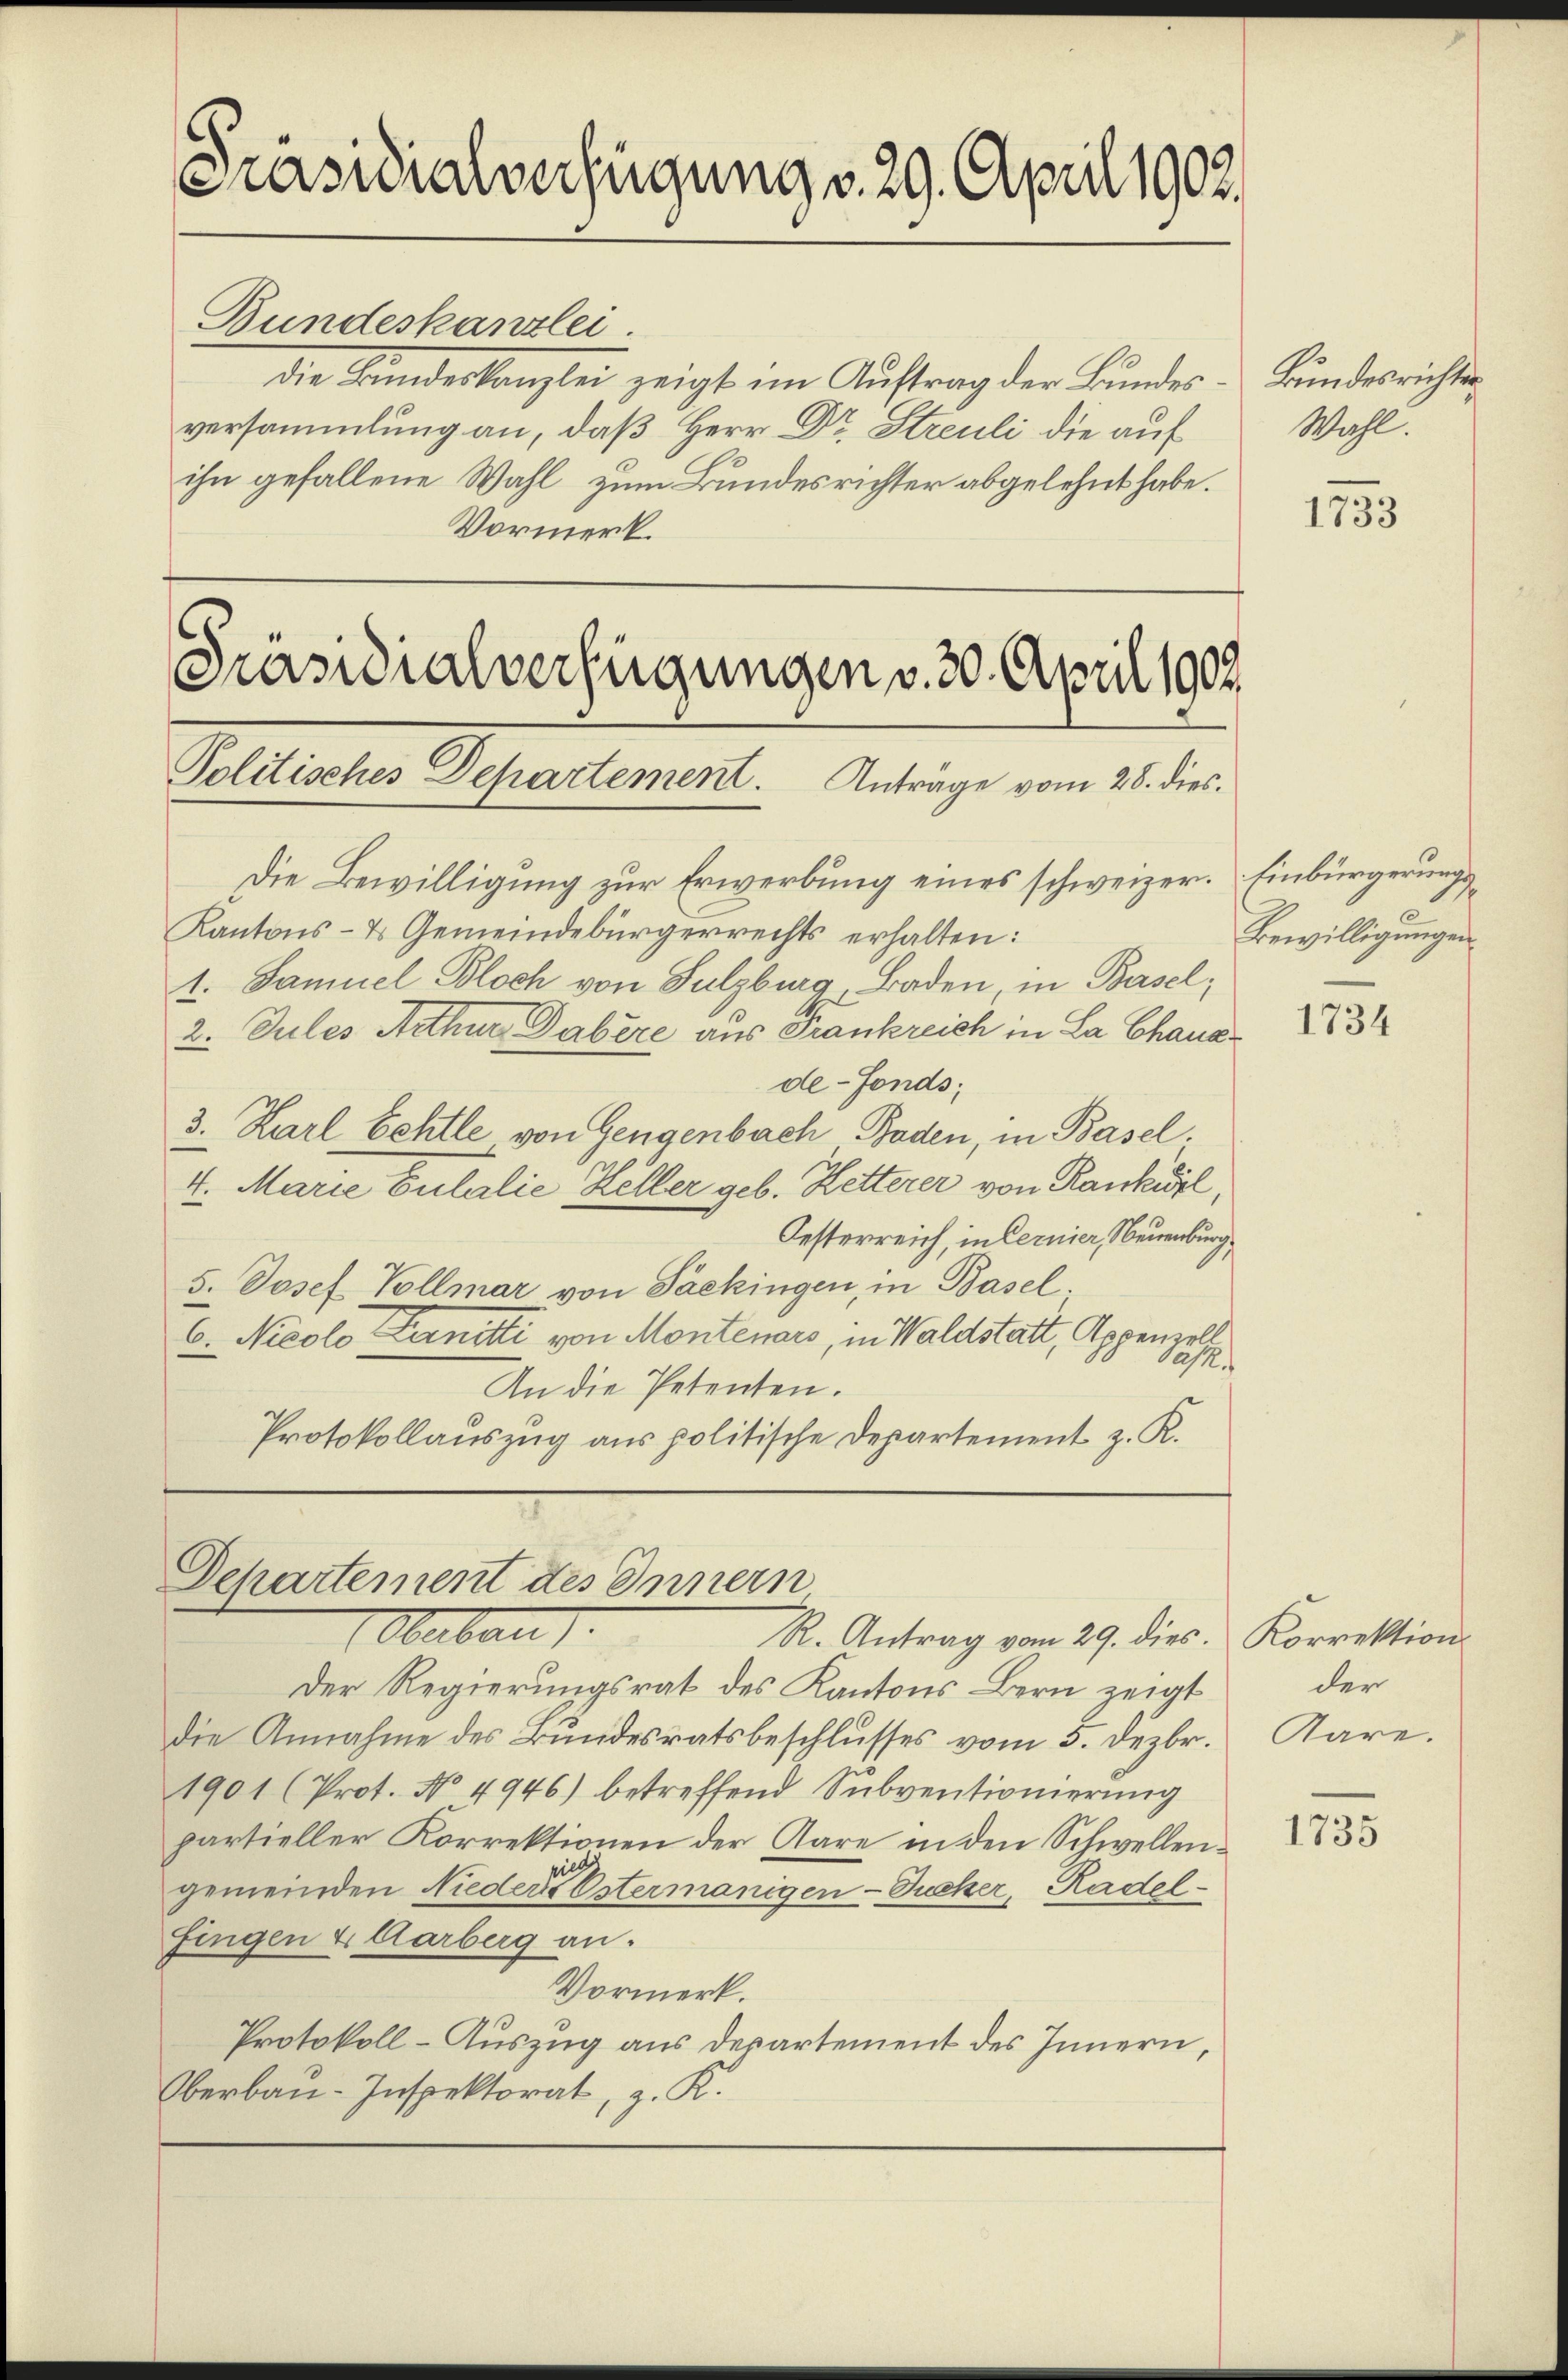
Präsidialverfügung v. 29. April 1902.

Bundeskanzlei
die Bundeskanzlei zeigt im Auftrag der Bundesversammlung an, daß Herr Dr. Streuli die auf
ihn gefallene Wahl zum Bundesrichter abgelehnt habe.
Vormerk.

Präsidialverfügungen v. 30. April 1902.
Politisches Departement. Anträge vom 28. dies

Die Bewilligung zur Erwerbung eines schweizer. Einbürgerungs¬
Kantons- & Gemeindebürgerrechts erhalten:
1. Samuel Bloch von Sulzburg, Baden in Basel,
2. Jules Aethur Dabere aus Frankreich in La Chaus
de-Fonds;
3. Karl Eehtle von Gengenbach Baden, in Basel.
4. Marie Eulalie Heller geb. Hetterer von Rankwil,
Oesterreich, in Cernier, Neuenburg,
5. Josef Vollmar von Packingen, in Basel.
6. Nicolo Lernati von Montenars, in Waldstatt, Appenzell
das
An die Petenten.
Protokollauszug aus politische Departement z. R.

Departement des Innern
Oberbau
R. Antrag vom 29. dies.

Der Regierungsrat des Kantons Bern zeigt
die Annahme des Bundesratsbeschlŭsses vom 5. Dezbr. Aare.
1901 (Prot. No 4946) betreffend Subventionierung
partieller Korrektionen der Aare in den Schwellenpiel
gemeinden Nieders Ostermanigen-Zucker, Radel¬
Fingen 4 Aarberg an.
Vormerk.
Protokoll-Auszug aus Departement des Innern,
Oberbau-Inspektorat, z. K.

Bundesrichter
Wahl.

1733

Bewilligungen

1734

Korrektion.
der

1735